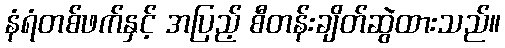
နံရံတစ်ဖက်နှင့် အပြည့် စီတန်းချိတ်ဆွဲထားသည်။